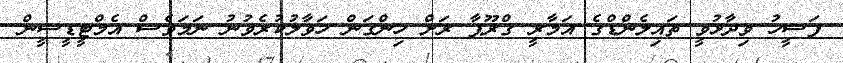
ފަސީހު ވިދާޅުވީ ތައިލެންޑްގެ އަމާރީ ގްރޫޕާ ރަށް ހިންގަން ހަވާލުކުރެވުނު ނަމަވެސް އެމްޓީޑީސީން